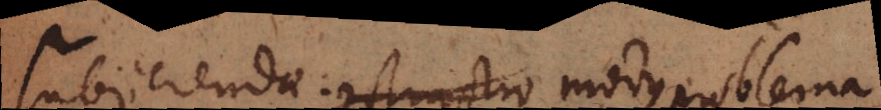
Subjicienda: constructio modus problema